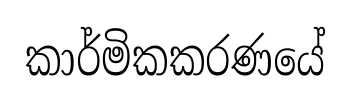
කාර්මිකකරණයේ